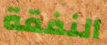
النفقة